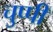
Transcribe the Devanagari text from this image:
चुप्‍पी